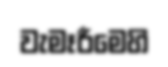
වැමෑරීමෙහි